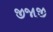
જીજાજી